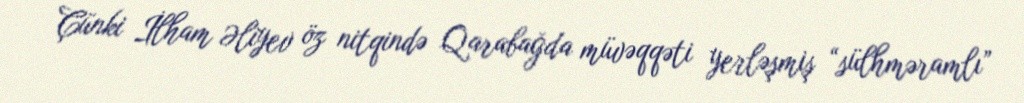
Çünki İlham Əliyev öz nitqində Qarabağda müvəqqəti yerləşmiş “sülhməramlı”